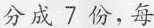
分成7份，每